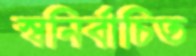
স্বনির্বাচিত